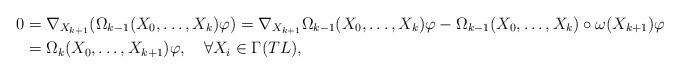
LaTeX: \begin{align*} 0&=\nabla_{X_{k+1}}(\Omega_{k-1}(X_0,\ldots,X_k)\varphi)=\nabla_{X_{k+1}}\Omega_{k-1}(X_0,\ldots,X_k)\varphi-\Omega_{k-1}(X_0,\ldots,X_k)\circ\omega(X_{k+1})\varphi\\ &=\Omega_k(X_0,\ldots,X_{k+1})\varphi,\quad\forall X_i \in\Gamma(TL), \end{align*}